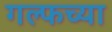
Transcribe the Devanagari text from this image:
गल्फच्या